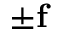
\pm \mathbf { f }